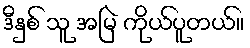
ဒီနှစ် သူ အမြဲ ကိုယ်ပူတယ်။